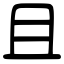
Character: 且